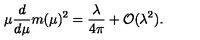
\mu \frac { d } { d \mu } m ( \mu ) ^ { 2 } = \frac { \lambda } { 4 \pi } + { \cal O } ( \lambda ^ { 2 } ) .